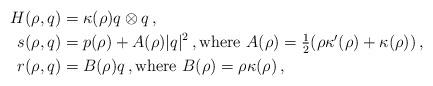
LaTeX: \begin{align*} H(\rho , q) &= \kappa(\rho) q \otimes q\, , \\ s(\rho , q) & = p (\rho) + A(\rho) |q|^2 \, , \mbox{where $A(\rho) = \tfrac{1}{2} (\rho \kappa'(\rho) + \kappa (\rho) )$} \, , \\ r(\rho , q) &= B(\rho) q \, , \mbox{where $B(\rho) = \rho \kappa(\rho) $} \, ,\end{align*}